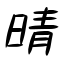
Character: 晴